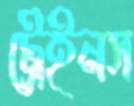
ট্রেইনস